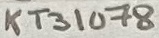
Text: KT31078